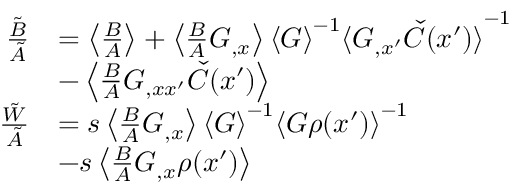
\begin{array} { r l } { \frac { \tilde { B } } { \tilde { A } } } & { = \left\langle { \frac { B } { A } } \right\rangle + \left\langle { \frac { B } { A } G _ { , x } } \right\rangle { \langle G \rangle } ^ { - 1 } { \langle G _ { , x ^ { \prime } } \check { C } ( x ^ { \prime } ) \rangle } ^ { - 1 } } \\ & { - \left\langle { \frac { B } { A } G _ { , x x ^ { \prime } } \check { C } ( x ^ { \prime } ) } \right\rangle } \\ { \frac { \tilde { W } } { \tilde { A } } } & { = s \left\langle { \frac { B } { A } G _ { , x } } \right\rangle { \langle G \rangle } ^ { - 1 } { \langle G \rho ( x ^ { \prime } ) \rangle } ^ { - 1 } } \\ & { - s \left\langle { \frac { B } { A } G _ { , x } \rho ( x ^ { \prime } ) } \right\rangle } \end{array}